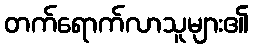
တက်ရောက်လာသူများ၏